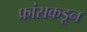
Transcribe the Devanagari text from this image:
फ्रांसकडून